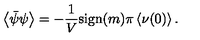
\left< \bar { \psi } \psi \right> = - \frac { 1 } { V } \mathrm { s i g n } { } ( m ) \pi \left< \nu ( 0 ) \right> .